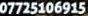
07725106915